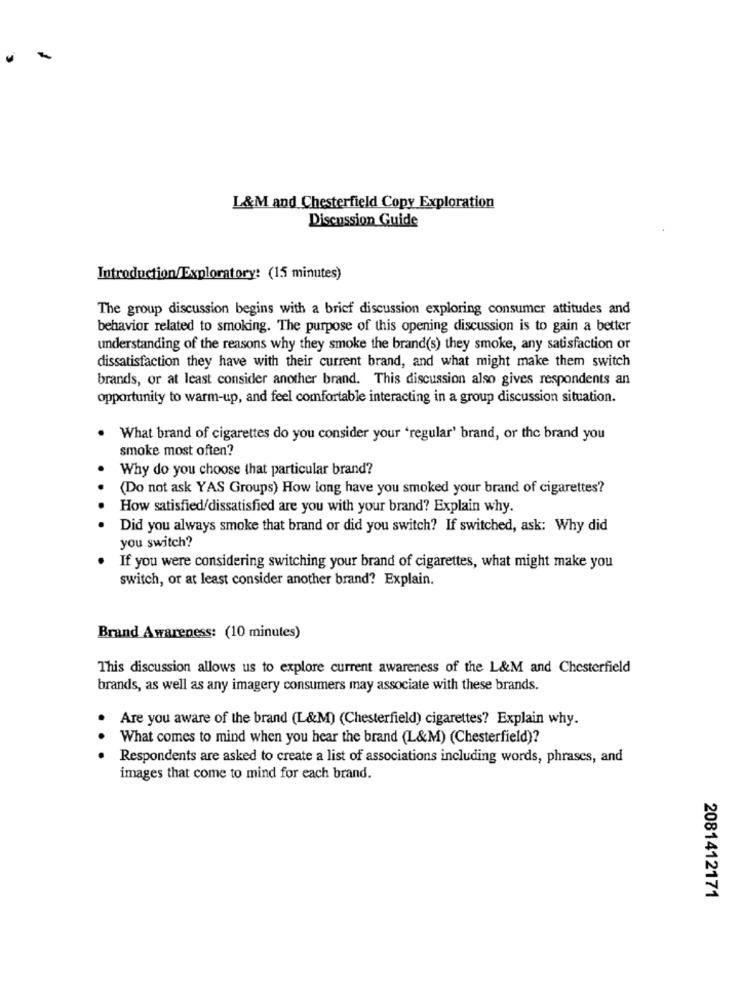
L&M and Chesterfield Copy Exploration
Discussion Guide
Introduction/Exploratory: (15 minutes)
The group discussion begins with a brief discussion exploring consumer attitudes and
behavior related to smoking. The purpose of this opening discussion is to gain a better
understanding of the reasons why they smoke the brand(s) they smoke, any satisfaction or
dissatisfaction they have with their current brand, and what might make them switch
brands, or at least consider another brand. This discussion also gives respondents an
opportunity to warm-up, and feel comfortable interacting in a group discussion situation.
What brand of cigarettes do you consider your 'regular' brand, or the brand you
smoke most often?
Why do you choose that particular brand?
(Do not ask YAS Groups) How long have you smoked your brand of cigarettes?
.
How satisfied/dissatisfied are you with your brand? Explain why.
. .
Did you always smoke that brand or did you switch? If switched, ask: Why did
you switch?
If you were considering switching your brand of cigarettes, what might make you
switch, or at least consider another brand? Explain.
Brand Awareness: (10 minutes)
This discussion allows us to explore current awareness of the L&M and Chesterfield
brands, as well as any imagery consumers may associate with these brands.
Are you aware of the brand (L&M) (Chesterfield) cigarettes? Explain why.
What comes to mind when you hear the brand (L&M) (Chesterfield)?
. . .
Respondents are asked to create a list of associations including words, phrases, and
images that come to mind for each brand.
2081412171